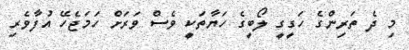
މި ދެ ތަރިންގެ ހަގީގީ ލޯބީގެ ހަޔާތަކީ ވެސް ވަރަށް ހަމަޖެހޭ އުފާވެރި